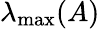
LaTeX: \lambda_{\mathrm{max}}(A)